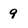
Character: 9